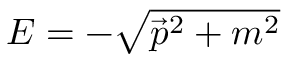
E = - \textstyle { \sqrt { { \vec { p } } ^ { 2 } + m ^ { 2 } } }